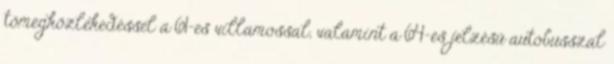
tömegközlekedéssel a 61-es villamossal, valamint a 64-es jelzésű autóbusszal